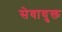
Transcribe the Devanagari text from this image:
सेवायुक्त